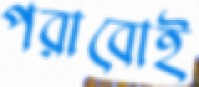
পরাবোই